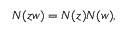
N ( z w ) = N ( z ) N ( w ) ,